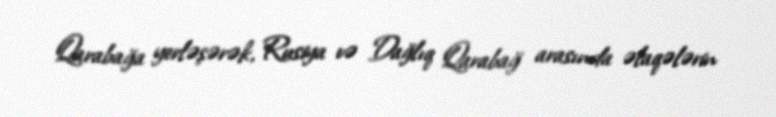
Qarabağa yerləşərək, Rusiya və Dağlıq Qarabağ arasında əlaqələrin